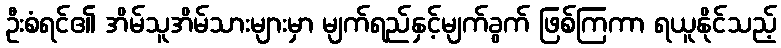
ဦးစံရင်၏ အိမ်သူအိမ်သားများမှာ မျက်ရည်နှင့်မျက်ခွက် ဖြစ်ကြကာ ရယူနိုင်သည့်